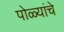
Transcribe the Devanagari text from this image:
पोळ्यांचे